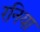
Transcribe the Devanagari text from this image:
रनिया